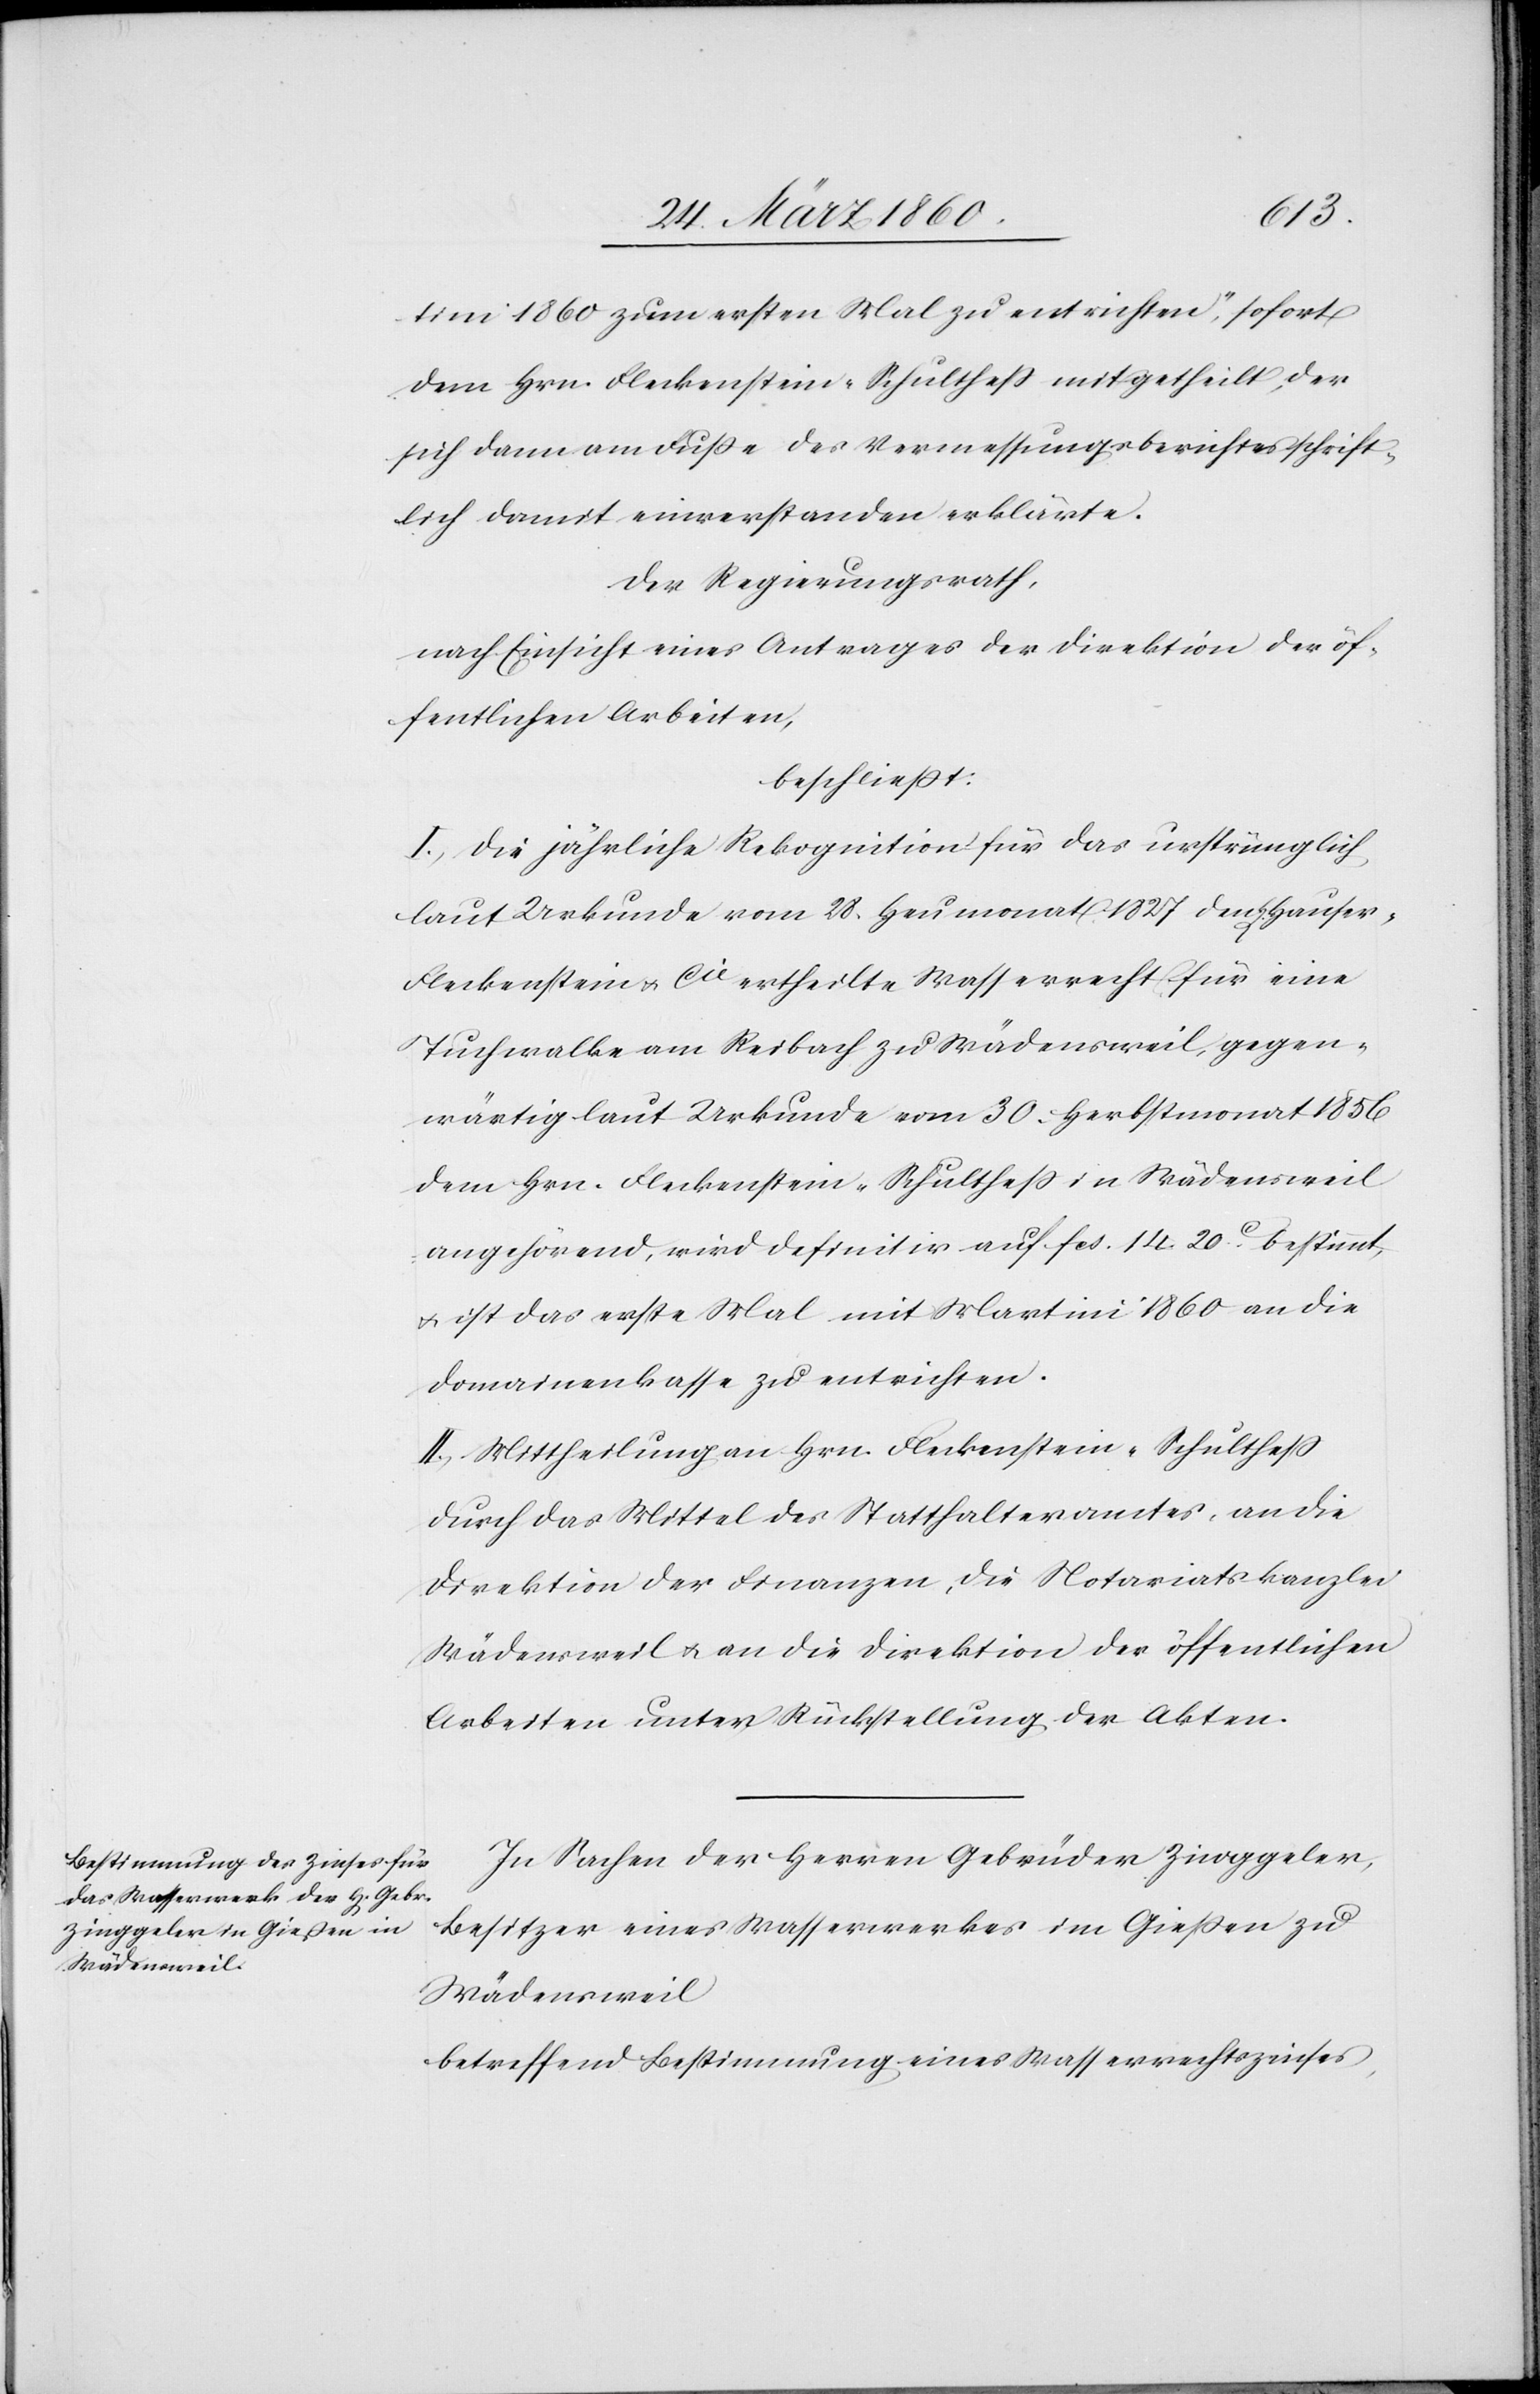
Hause¬
tini 1860 zum ersten Mal zu entrichten“, sofort
dem Hrn. Fleckenstein-Schulthess mitgetheilt, der
sich dann am Fusse des Vermessungsberichtes schrift¬
lich damit einverstanden erklärte.
Der Regierungsrath,
nach Einsicht eines Antrages der Direktion der öf¬
fentlichen Arbeiten,
beschliesst:
I. Die jährliche Rekognition für das ursprünglich
laut Urkunde vom 28. Heumonat 1827 dem H[errn]
r-Fleckenstein u. Cie ertheilte Wasserrecht für eine
Tuchwalke am Reibach zu Wädensweil, gegen¬
wärtig laut Urkunde vom 30. Herbstmonat 1856
dem Hrn. Fleckenstein-Schulthess in Wädensweil
angehörend, wird definitiv auf fcs. 14. 20C bestimmt,
u. ist das erste Mal mit Martini 1860 an die
Domainenkasse zu entrichten.
II. Mittheilung an Hrn. Fleckenstein-Schulthess
durch das Mittel des Statthalteramtes, an die
Direktion der Finanzen, die Notariatskanzlei
Wädensweil u. an die Direktion der öffentlichen
Arbeiten unter Rückstellung der Akten.
In Sachen der Herren Gebrüder Zinggeler,
Besitzer eines Wasserwerkes im Giessen zu
Wädensweil
betreffend Bestimmung eines Wasserrechtszinses,